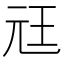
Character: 㒬